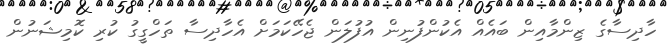
ހާދިސާގެ ޒިންމާއިން ބައެއް އެކުންފުނިން އުފުލަން ޖެހޭކަމަށް އެހާދިސާ ތަހްގީގު ކުރި ކޮމިޝަނުން